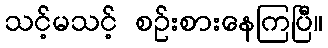
သင့်မသင့် စဉ်းစားနေကြပြီ။